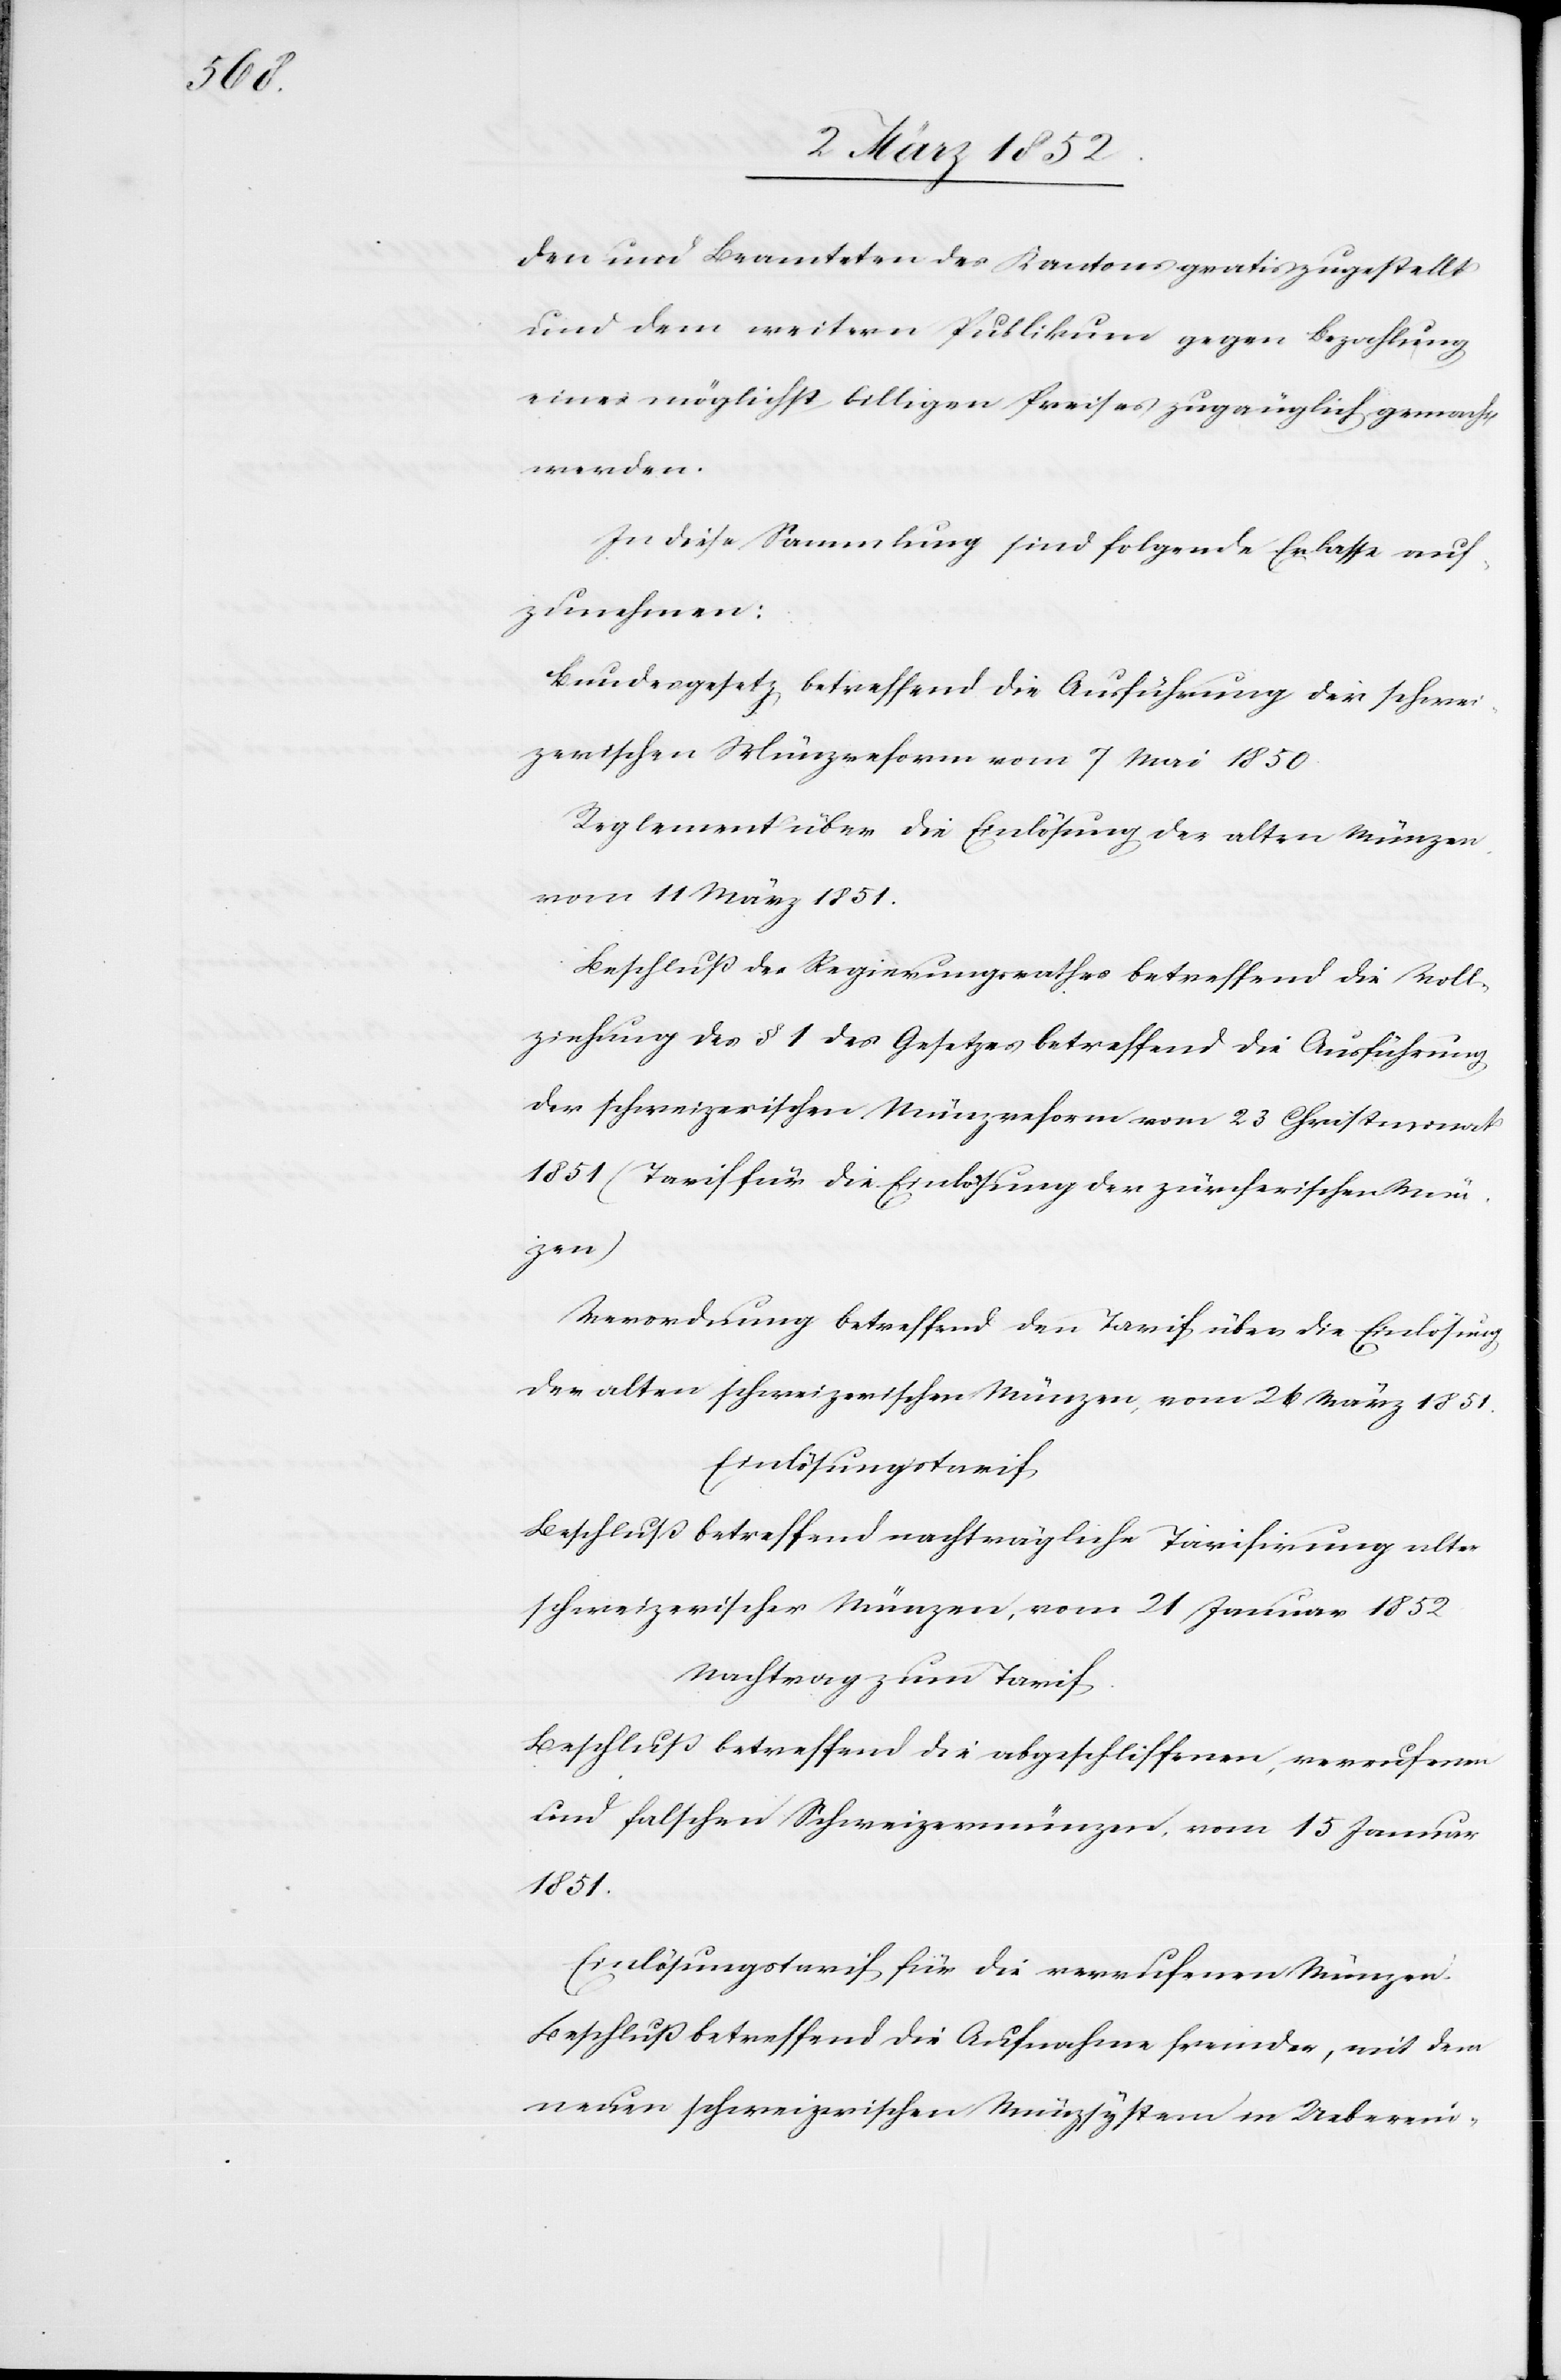
den und Beamteten des Kantons gratis zugestellt
und dem weitern Publikum gegen Bezahlung
eines möglichst billigen Preises zugänglich gemacht
werden.
In diese Sammlung sind folgende Erlasse auf¬
zurechnen:
Bundesgesetz betreffend die Ausführung der schwei¬
zerischen Münzreform vom 7 Mai 1850.
Reglement über die Einlösung der alten Münzen
vom 11 März 1851.
Beschluß des Regierungsrathes betreffend die Voll¬
ziehung des § 1 des Gesetzes betreffend die Ausführung
der schweizerischen Münzreform vom 23 Christmonat
1851 (Tarif für die Einlösung der zürcherischen Mün¬
zen).
Verordnung betreffend den Tarif über die Einlösung
der alten schweizerischen Münzen, vom 26 März 1851.
Einlösungstarif.
Beschluß betreffend nachträgliche Tarifirung alter
schweizerischer Münzen vom 21 Januar 1852.
Nachtrag zum Tarif.
Beschluß betreffend die abgeschliffenen, verrufenen
und falschen Schweizermünzen, vom 15 Januar
1851.
Einlösungstarif für die verrufenen Münzen.
Beschluß betreffend die Aufnahme fremder, mit dem
neuen schweizerischen Münzsystem in Ueberein-